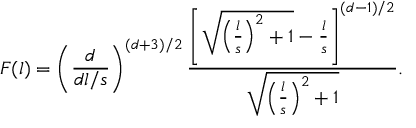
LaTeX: F ( l ) = \left( \frac { d } { d l / s } \right) ^ { ( d + 3 ) / 2 } { \frac { \left[ \sqrt { \left( \frac { l } { s } \right) ^ { 2 } + 1 } - { \frac { l } { s } } \right] ^ { ( d - 1 ) / 2 } } { \sqrt { \left( \frac { l } { s } \right) ^ { 2 } + 1 } } } .